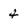
Character: 4